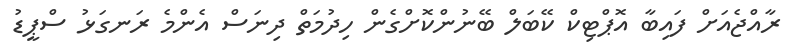
ރާއްޖެއަށް ފައިބާ އޮޕްޓިކް ކޭބަލް ބޭނުންކޮށްގެން ހިދުމަތް ދިނަސް އެންމެ ރަނގަޅު ސްޕީޑު